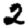
Digit: 2